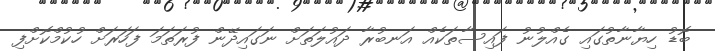
ބޮޑު ހިޔާނާތުގައި ގެއްލުނު ފައިސާތަކެއް އަނބުރާ ދައުލަތަށް ނަގައިދޭން ފުރަތަމަ ފަހަރަށް ހުކުމްކޮށްފި